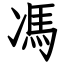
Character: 馮